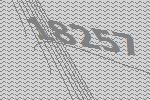
18257